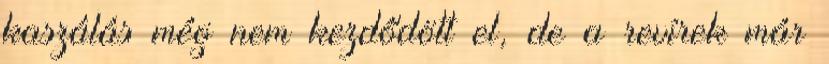
kaszálás még nem kezdődött el, de a revírek már